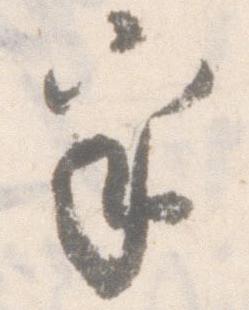
乎